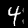
Label: 4